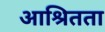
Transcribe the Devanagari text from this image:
आश्रितता